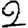
Digit: 2